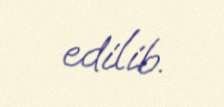
edilib.